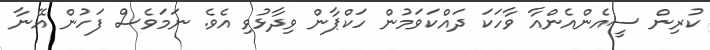
ކުރިން ސީއެންއެންއާ ވާހަކަ ދައްކަވަމުން ހަކްޕާން ވިދާޅުވި އެވެ. ނަމަވެސް ފަހުން އޭނާ